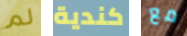
لم كندية مع